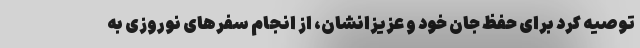
توصیه کرد برای حفظ جان خود و عزیزانشان، از انجام سفرهای نوروزی به